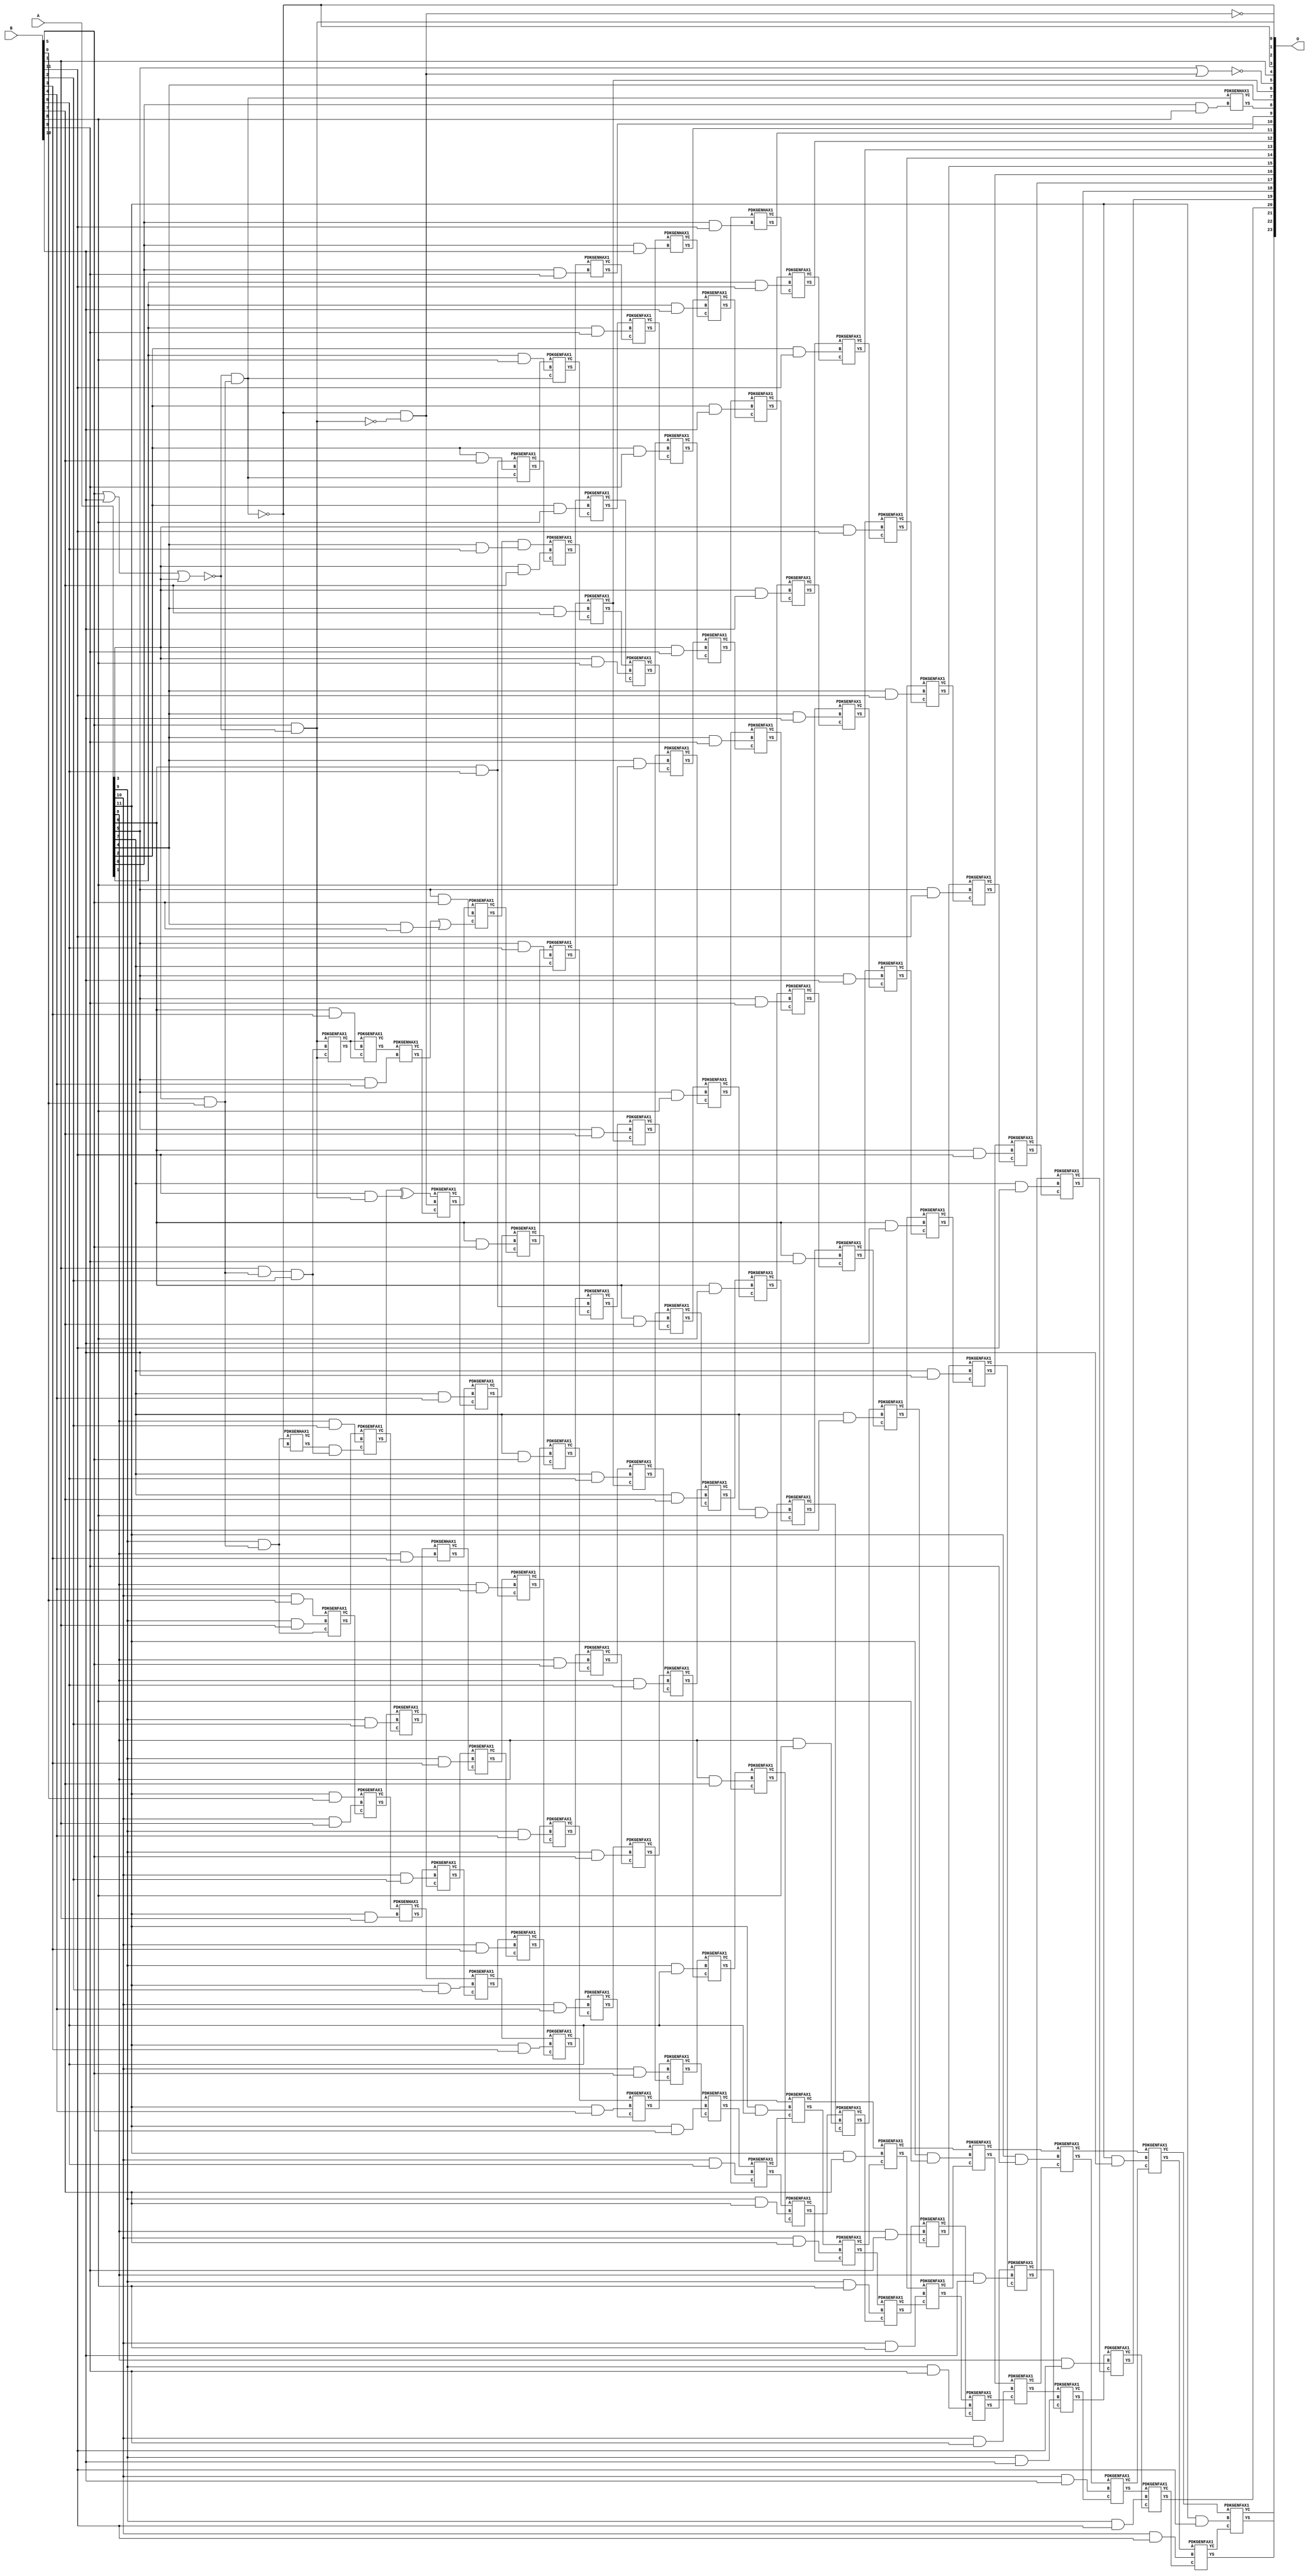
/***
* This code is a part of EvoApproxLib library (ehw.fit.vutbr.cz/approxlib) distributed under The MIT License.
* When used, please cite the following article(s): V. Mrazek, Z. Vasicek and R. Hrbacek, "Role of circuit representation in evolutionary design of energy-efficient approximate circuits" in IET Computers & Digital Techniques, vol. 12, no. 4, pp. 139-149, 7 2018. doi: 10.1049/iet-cdt.2017.0188 
* This file contains a circuit from a sub-set of pareto optimal circuits with respect to the pwr and mae parameters
***/
// MAE% = 0.0058 %
// MAE = 971 
// WCE% = 0.025 %
// WCE = 4176 
// WCRE% = 3601.79 %
// EP% = 99.99 %
// MRE% = 0.30 %
// MSE = 14611.25e2 
// PDK45_PWR = 0.817 mW
// PDK45_AREA = 1131.5 um2
// PDK45_DELAY = 2.88 ns

module mul12u_0UD(A, B, O);
  input [11:0] A, B;
  output [23:0] O;
  wire n_1192, n_1750, n_1206, n_1613, n_1612, n_1200, n_1817, n_1816, n_1684, n_1685;
  wire n_894, n_1295, n_1294, n_154, n_155, n_1866, n_1867, n_728, n_720, n_1758;
  wire n_2032, n_2033, n_1323, n_554, n_126, n_120, n_1032, n_1402, n_1969, n_1968;
  wire n_18, n_19, n_16, n_17, n_14, n_15, n_12, n_13, n_10, n_11;
  wire n_880, n_888, n_1532, n_1714, n_1084, n_902, n_1337, n_1497, n_1496, n_1491;
  wire n_1322, n_85, n_84, n_1916, n_1910, n_1149, n_1148, n_1662, n_1663, n_1143;
  wire n_1142, n_1394, n_1983, n_1982, n_1822, n_1823, n_569, n_568, n_562, n_953;
  wire n_169, n_168, n_286, n_287, n_301, n_300, n_642, n_794, n_604, n_605;
  wire n_795, n_947, n_946, n_1366, n_1946, n_45, n_44, n_47, n_46, n_41;
  wire n_40, n_43, n_42, n_1040, n_866, n_49, n_48, n_1894, n_996, n_460;
  wire n_461, n_997, n_1562, n_468, n_469, n_1446, n_1447, n_453, n_1568, n_1626;
  wire n_1627, n_1620, n_1621, n_1214, n_1742, n_1693, n_1692, n_1134, n_1135, n_1874;
  wire n_1511, n_635, n_634, n_2027, n_2026, n_648, n_649, n_526, n_134, n_643;
  wire n_822, n_823, n_983, n_982, n_1554, n_452, n_358, n_991, n_736, n_1526;
  wire n_1250, n_1700, n_1706, n_1258, n_1991, n_916, n_910, n_858, n_1316, n_1317;
  wire n_1902, n_1416, n_1598, n_1410, n_1794, n_1795, n_1170, n_1171, n_1772, n_1679;
  wire n_1678, n_1778, n_1670, n_1388, n_1380, n_1831, n_1830, n_1837, n_1836, n_318;
  wire n_706, n_380, n_2018, n_2019, n_388, n_2010, n_2011, n_778, n_779, n_952;
  wire n_1054, n_1358, n_1424, n_1352, n_30, n_31, n_32, n_33, n_34, n_35;
  wire n_36, n_37, n_38, n_39, n_1584, n_817, n_816, n_1048, n_1049, n_787;
  wire n_1510, n_786, n_1952, n_1453, n_1452, n_1518, n_1519, n_1635, n_1634, n_1228;
  wire n_1220, n_1736, n_1590, n_1642, n_1643, n_1127, n_1126, n_1648, n_1120, n_1844;
  wire n_1845, n_626, n_627, n_192, n_193, n_1961, n_1960, n_1649, n_105, n_104;
  wire n_366, n_446, n_1540, n_692, n_2041, n_2040, n_214, n_745, n_744, n_1301;
  wire n_1300, n_1309, n_1308, n_969, n_968, n_1068, n_961, n_960, n_1062, n_1938;
  wire n_1932, n_62, n_61, n_60, n_1460, n_1461, n_990, n_1671, n_1468, n_1469;
  wire n_1787, n_1786, n_1163, n_1162, n_8, n_9, n_4, n_5, n_6, n_7;
  wire n_0, n_1, n_2, n_3, n_1764, n_1604, n_1800, n_1801, n_1808, n_1809;
  wire n_1242, n_548, n_540, n_1990, n_1112, n_1286, n_1287, n_143, n_142, n_714;
  wire n_620, n_394, n_395, n_2005, n_2004, n_1439, n_1438, n_1345, n_1432, n_23;
  wire n_22, n_21, n_20, n_27, n_26, n_25, n_24, n_1974, n_1975, n_29;
  wire n_28, n_1505, n_1504, n_1490, n_482, n_1236, n_1728, n_1482, n_1483, n_1336;
  wire n_1720, n_1330, n_1331, n_1657, n_1656, n_1156, n_1157, n_1996, n_1997, n_1859;
  wire n_1858, n_1853, n_1852, n_613, n_612, n_1344, n_112, n_113, n_295, n_294;
  wire n_808, n_809, n_273, n_272, n_374, n_279, n_278, n_1576, n_800, n_1548;
  wire n_801, n_200, n_206, n_1279, n_1278, n_1374, n_1273, n_1272, n_447, n_1924;
  wire n_1888, n_874, n_1076, n_1880, n_974, n_975, n_52, n_53, n_475, n_474;
  wire n_1475, n_1474;
  assign n_0 = A[0];
  assign n_1 = A[0];
  assign n_2 = A[1];
  assign n_3 = A[1];
  assign n_4 = A[2];
  assign n_5 = A[2];
  assign n_6 = A[3];
  assign n_7 = A[3];
  assign n_8 = A[4];
  assign n_9 = A[4];
  assign n_10 = A[5];
  assign n_11 = A[5];
  assign n_12 = A[6];
  assign n_13 = A[6];
  assign n_14 = A[7];
  assign n_15 = A[7];
  assign n_16 = A[8];
  assign n_17 = A[8];
  assign n_18 = A[9];
  assign n_19 = A[9];
  assign n_20 = A[10];
  assign n_21 = A[10];
  assign n_22 = A[11];
  assign n_23 = A[11];
  assign n_24 = B[0];
  assign n_25 = B[0];
  assign n_26 = B[1];
  assign n_27 = B[1];
  assign n_28 = B[2];
  assign n_29 = B[2];
  assign n_30 = B[3];
  assign n_31 = B[3];
  assign n_32 = B[4];
  assign n_33 = B[4];
  assign n_34 = B[5];
  assign n_35 = B[5];
  assign n_36 = B[6];
  assign n_37 = B[6];
  assign n_38 = B[7];
  assign n_39 = B[7];
  assign n_40 = B[8];
  assign n_41 = B[8];
  assign n_42 = B[9];
  assign n_43 = B[9];
  assign n_44 = B[10];
  assign n_45 = B[10];
  assign n_46 = B[11];
  assign n_47 = B[11];
  assign n_48 = ~(n_34 | n_44 | n_6);
  assign n_49 = n_48;
  assign n_52 = ~(n_34 & n_49);
  assign n_53 = n_52;
  assign n_60 = ~n_53;
  assign n_61 = n_60;
  assign n_62 = n_6 & n_24;
  assign n_84 = n_26 & n_62;
  assign n_85 = n_84;
  assign n_104 = n_49 & n_62;
  assign n_105 = n_104;
  assign n_112 = n_18 & n_62;
  assign n_113 = n_112;
  assign n_120 = n_20 & n_24;
  assign n_126 = n_22 & n_24;
  assign n_134 = n_46 & n_60;
  assign n_142 = ~n_61;
  assign n_143 = n_142;
  assign n_154 = ~n_53;
  assign n_155 = n_154;
  assign n_168 = n_105;
  assign n_169 = n_168;
  assign n_192 = ~n_169;
  assign n_193 = n_192;
  assign n_200 = n_18 & n_26;
  assign n_206 = n_20 & n_26;
  assign n_214 = n_22 & n_26;
  assign n_272 = n_193 & n_143;
  assign n_273 = n_272;
  PDKGENHAX1 tmp88(.YS(n_278), .YC(n_279), .A(n_112), .B(n_192));
  PDKGENFAX1 tmp89(.YS(n_286), .YC(n_287), .A(n_120), .B(n_200), .C(n_113));
  PDKGENFAX1 tmp90(.YS(n_294), .YC(n_295), .A(n_126), .B(n_206), .C(n_287));
  PDKGENHAX1 tmp91(.YS(n_300), .YC(n_301), .A(n_295), .B(n_214));
  assign n_318 = n_61;
  assign n_358 = n_85 & n_28;
  assign n_366 = n_16 & n_28;
  assign n_374 = n_18 & n_28;
  assign n_380 = n_20 & n_28;
  assign n_388 = n_22 & n_28;
  assign n_394 = ~n_273;
  assign n_395 = n_394;
  assign n_446 = n_278 & n_358;
  assign n_447 = n_446;
  PDKGENFAX1 tmp102(.YS(n_452), .YC(n_453), .A(n_286), .B(n_366), .C(n_447));
  PDKGENFAX1 tmp103(.YS(n_460), .YC(n_461), .A(n_294), .B(n_374), .C(n_453));
  PDKGENFAX1 tmp104(.YS(n_468), .YC(n_469), .A(n_300), .B(n_380), .C(n_461));
  PDKGENFAX1 tmp105(.YS(n_474), .YC(n_475), .A(n_301), .B(n_388), .C(n_469));
  assign n_482 = ~n_395;
  assign n_526 = n_12 & n_30;
  assign n_540 = n_16 & n_30;
  assign n_548 = n_18 & n_30;
  assign n_554 = n_20 & n_30;
  assign n_562 = n_22 & n_30;
  assign n_568 = n_193;
  assign n_569 = n_568;
  PDKGENFAX1 tmp114(.YS(n_604), .YC(n_605), .A(n_61), .B(n_358), .C(n_155));
  PDKGENFAX1 tmp115(.YS(n_612), .YC(n_613), .A(n_605), .B(n_526), .C(n_605));
  assign n_620 = n_452 ^ n_134;
  PDKGENHAX1 tmp117(.YS(n_626), .YC(n_627), .A(n_460), .B(n_540));
  PDKGENFAX1 tmp118(.YS(n_634), .YC(n_635), .A(n_468), .B(n_548), .C(n_627));
  PDKGENFAX1 tmp119(.YS(n_642), .YC(n_643), .A(n_474), .B(n_554), .C(n_635));
  PDKGENFAX1 tmp120(.YS(n_648), .YC(n_649), .A(n_475), .B(n_562), .C(n_643));
  assign n_692 = n_10 & n_32;
  assign n_706 = n_14 & n_32;
  assign n_714 = n_16 & n_32;
  assign n_720 = n_18 & n_32;
  assign n_728 = n_20 & n_32;
  assign n_736 = n_22 & n_32;
  assign n_744 = n_169;
  assign n_745 = n_744;
  PDKGENHAX1 tmp129(.YS(n_778), .YC(n_779), .A(n_612), .B(n_692));
  PDKGENFAX1 tmp130(.YS(n_786), .YC(n_787), .A(n_620), .B(n_272), .C(n_779));
  PDKGENFAX1 tmp131(.YS(n_794), .YC(n_795), .A(n_626), .B(n_706), .C(n_787));
  PDKGENFAX1 tmp132(.YS(n_800), .YC(n_801), .A(n_634), .B(n_714), .C(n_795));
  PDKGENFAX1 tmp133(.YS(n_808), .YC(n_809), .A(n_642), .B(n_720), .C(n_801));
  PDKGENFAX1 tmp134(.YS(n_816), .YC(n_817), .A(n_648), .B(n_728), .C(n_809));
  PDKGENFAX1 tmp135(.YS(n_822), .YC(n_823), .A(n_649), .B(n_736), .C(n_817));
  assign n_858 = n_8 & n_34;
  assign n_866 = n_10 & n_34;
  assign n_874 = n_12 & n_34;
  assign n_880 = n_14 & n_34;
  assign n_888 = n_16 & n_34;
  assign n_894 = n_18 & n_34;
  assign n_902 = n_20 & n_34;
  assign n_910 = n_22 & n_34;
  assign n_916 = ~(n_10 | n_482);
  assign n_946 = n_778 | n_858;
  assign n_947 = n_946;
  PDKGENFAX1 tmp147(.YS(n_952), .YC(n_953), .A(n_786), .B(n_866), .C(n_947));
  PDKGENFAX1 tmp148(.YS(n_960), .YC(n_961), .A(n_794), .B(n_874), .C(n_953));
  PDKGENFAX1 tmp149(.YS(n_968), .YC(n_969), .A(n_800), .B(n_880), .C(n_961));
  PDKGENFAX1 tmp150(.YS(n_974), .YC(n_975), .A(n_808), .B(n_888), .C(n_969));
  PDKGENFAX1 tmp151(.YS(n_982), .YC(n_983), .A(n_816), .B(n_894), .C(n_975));
  PDKGENFAX1 tmp152(.YS(n_990), .YC(n_991), .A(n_822), .B(n_902), .C(n_983));
  PDKGENFAX1 tmp153(.YS(n_996), .YC(n_997), .A(n_823), .B(n_910), .C(n_991));
  assign n_1032 = n_8 & n_36;
  assign n_1040 = n_10 & n_36;
  assign n_1048 = n_12 & n_36;
  assign n_1049 = n_1048;
  assign n_1054 = n_14 & n_36;
  assign n_1062 = n_16 & n_36;
  assign n_1068 = n_18 & n_36;
  assign n_1076 = n_20 & n_36;
  assign n_1084 = n_22 & n_36;
  assign n_1112 = n_1049;
  assign n_1120 = n_952 & n_1032;
  PDKGENFAX1 tmp165(.YS(n_1126), .YC(n_1127), .A(n_960), .B(n_1040), .C(n_14));
  PDKGENFAX1 tmp166(.YS(n_1134), .YC(n_1135), .A(n_968), .B(n_1048), .C(n_1127));
  PDKGENFAX1 tmp167(.YS(n_1142), .YC(n_1143), .A(n_974), .B(n_1054), .C(n_1135));
  PDKGENFAX1 tmp168(.YS(n_1148), .YC(n_1149), .A(n_982), .B(n_1062), .C(n_1143));
  PDKGENFAX1 tmp169(.YS(n_1156), .YC(n_1157), .A(n_990), .B(n_1068), .C(n_1149));
  PDKGENFAX1 tmp170(.YS(n_1162), .YC(n_1163), .A(n_996), .B(n_1076), .C(n_1157));
  PDKGENFAX1 tmp171(.YS(n_1170), .YC(n_1171), .A(n_997), .B(n_1084), .C(n_1163));
  assign n_1192 = n_4 & n_38;
  assign n_1200 = n_6 & n_38;
  assign n_1206 = n_8 & n_38;
  assign n_1214 = n_10 & n_38;
  assign n_1220 = n_12 & n_38;
  assign n_1228 = n_14 & n_38;
  assign n_1236 = n_16 & n_38;
  assign n_1242 = n_18 & n_38;
  assign n_1250 = n_20 & n_38;
  assign n_1258 = n_22 & n_38;
  assign n_1272 = n_745;
  assign n_1273 = n_1272;
  PDKGENFAX1 tmp184(.YS(n_1278), .YC(n_1279), .A(n_1112), .B(n_1192), .C(n_1273));
  PDKGENFAX1 tmp185(.YS(n_1286), .YC(n_1287), .A(n_1120), .B(n_1200), .C(n_1279));
  PDKGENFAX1 tmp186(.YS(n_1294), .YC(n_1295), .A(n_1126), .B(n_1206), .C(n_1287));
  PDKGENFAX1 tmp187(.YS(n_1300), .YC(n_1301), .A(n_1134), .B(n_1214), .C(n_1295));
  PDKGENFAX1 tmp188(.YS(n_1308), .YC(n_1309), .A(n_1142), .B(n_1220), .C(n_1301));
  PDKGENFAX1 tmp189(.YS(n_1316), .YC(n_1317), .A(n_1148), .B(n_1228), .C(n_1309));
  PDKGENFAX1 tmp190(.YS(n_1322), .YC(n_1323), .A(n_1156), .B(n_1236), .C(n_1317));
  PDKGENFAX1 tmp191(.YS(n_1330), .YC(n_1331), .A(n_1162), .B(n_1242), .C(n_1323));
  PDKGENFAX1 tmp192(.YS(n_1336), .YC(n_1337), .A(n_1170), .B(n_1250), .C(n_1331));
  PDKGENFAX1 tmp193(.YS(n_1344), .YC(n_1345), .A(n_1171), .B(n_1258), .C(n_1337));
  assign n_1352 = n_0 & n_40;
  assign n_1358 = n_2 & n_40;
  assign n_1366 = n_4 & n_40;
  assign n_1374 = n_6 & n_40;
  assign n_1380 = n_8 & n_40;
  assign n_1388 = n_10 & n_40;
  assign n_1394 = n_12 & n_40;
  assign n_1402 = n_14 & n_40;
  assign n_1410 = n_16 & n_40;
  assign n_1416 = n_18 & n_40;
  assign n_1424 = n_20 & n_40;
  assign n_1432 = n_22 & n_40;
  PDKGENHAX1 tmp206(.YS(n_1438), .YC(n_1439), .A(n_1272), .B(n_1352));
  PDKGENFAX1 tmp207(.YS(n_1446), .YC(n_1447), .A(n_1278), .B(n_1358), .C(n_169));
  PDKGENFAX1 tmp208(.YS(n_1452), .YC(n_1453), .A(n_1286), .B(n_1366), .C(n_1447));
  PDKGENFAX1 tmp209(.YS(n_1460), .YC(n_1461), .A(n_1294), .B(n_1374), .C(n_1453));
  PDKGENFAX1 tmp210(.YS(n_1468), .YC(n_1469), .A(n_1300), .B(n_1380), .C(n_1461));
  PDKGENFAX1 tmp211(.YS(n_1474), .YC(n_1475), .A(n_1308), .B(n_1388), .C(n_1469));
  PDKGENFAX1 tmp212(.YS(n_1482), .YC(n_1483), .A(n_1316), .B(n_1394), .C(n_1475));
  PDKGENFAX1 tmp213(.YS(n_1490), .YC(n_1491), .A(n_1322), .B(n_1402), .C(n_1483));
  PDKGENFAX1 tmp214(.YS(n_1496), .YC(n_1497), .A(n_1330), .B(n_1410), .C(n_1491));
  PDKGENFAX1 tmp215(.YS(n_1504), .YC(n_1505), .A(n_1336), .B(n_1416), .C(n_1497));
  PDKGENFAX1 tmp216(.YS(n_1510), .YC(n_1511), .A(n_1344), .B(n_1424), .C(n_1505));
  PDKGENFAX1 tmp217(.YS(n_1518), .YC(n_1519), .A(n_1345), .B(n_1432), .C(n_1511));
  assign n_1526 = n_0 & n_42;
  assign n_1532 = n_2 & n_42;
  assign n_1540 = n_4 & n_42;
  assign n_1548 = n_6 & n_42;
  assign n_1554 = n_8 & n_42;
  assign n_1562 = n_10 & n_42;
  assign n_1568 = n_12 & n_42;
  assign n_1576 = n_14 & n_42;
  assign n_1584 = n_16 & n_42;
  assign n_1590 = n_18 & n_42;
  assign n_1598 = n_20 & n_42;
  assign n_1604 = n_22 & n_42;
  PDKGENHAX1 tmp230(.YS(n_1612), .YC(n_1613), .A(n_1446), .B(n_1526));
  PDKGENFAX1 tmp231(.YS(n_1620), .YC(n_1621), .A(n_1452), .B(n_1532), .C(n_1613));
  PDKGENFAX1 tmp232(.YS(n_1626), .YC(n_1627), .A(n_1460), .B(n_1540), .C(n_1621));
  PDKGENFAX1 tmp233(.YS(n_1634), .YC(n_1635), .A(n_1468), .B(n_1548), .C(n_1627));
  PDKGENFAX1 tmp234(.YS(n_1642), .YC(n_1643), .A(n_1474), .B(n_1554), .C(n_1635));
  PDKGENFAX1 tmp235(.YS(n_1648), .YC(n_1649), .A(n_1482), .B(n_1562), .C(n_1643));
  PDKGENFAX1 tmp236(.YS(n_1656), .YC(n_1657), .A(n_1490), .B(n_1568), .C(n_1649));
  PDKGENFAX1 tmp237(.YS(n_1662), .YC(n_1663), .A(n_1496), .B(n_1576), .C(n_1657));
  PDKGENFAX1 tmp238(.YS(n_1670), .YC(n_1671), .A(n_1504), .B(n_1584), .C(n_1663));
  PDKGENFAX1 tmp239(.YS(n_1678), .YC(n_1679), .A(n_1510), .B(n_1590), .C(n_1671));
  PDKGENFAX1 tmp240(.YS(n_1684), .YC(n_1685), .A(n_1518), .B(n_1598), .C(n_1679));
  PDKGENFAX1 tmp241(.YS(n_1692), .YC(n_1693), .A(n_1519), .B(n_1604), .C(n_1685));
  assign n_1700 = n_0 & n_44;
  assign n_1706 = n_2 & n_44;
  assign n_1714 = n_4 & n_44;
  assign n_1720 = n_6 & n_44;
  assign n_1728 = n_8 & n_44;
  assign n_1736 = n_10 & n_44;
  assign n_1742 = n_12 & n_44;
  assign n_1750 = n_14 & n_44;
  assign n_1758 = n_16 & n_44;
  assign n_1764 = n_18 & n_44;
  assign n_1772 = n_20 & n_44;
  assign n_1778 = n_22 & n_44;
  PDKGENHAX1 tmp254(.YS(n_1786), .YC(n_1787), .A(n_1620), .B(n_1700));
  PDKGENFAX1 tmp255(.YS(n_1794), .YC(n_1795), .A(n_1626), .B(n_1706), .C(n_1787));
  PDKGENFAX1 tmp256(.YS(n_1800), .YC(n_1801), .A(n_1634), .B(n_1714), .C(n_1795));
  PDKGENFAX1 tmp257(.YS(n_1808), .YC(n_1809), .A(n_1642), .B(n_1720), .C(n_1801));
  PDKGENFAX1 tmp258(.YS(n_1816), .YC(n_1817), .A(n_1648), .B(n_1728), .C(n_1809));
  PDKGENFAX1 tmp259(.YS(n_1822), .YC(n_1823), .A(n_1656), .B(n_1736), .C(n_1817));
  PDKGENFAX1 tmp260(.YS(n_1830), .YC(n_1831), .A(n_1662), .B(n_1742), .C(n_1823));
  PDKGENFAX1 tmp261(.YS(n_1836), .YC(n_1837), .A(n_1670), .B(n_1750), .C(n_1831));
  PDKGENFAX1 tmp262(.YS(n_1844), .YC(n_1845), .A(n_1678), .B(n_1758), .C(n_1837));
  PDKGENFAX1 tmp263(.YS(n_1852), .YC(n_1853), .A(n_1684), .B(n_1764), .C(n_1845));
  PDKGENFAX1 tmp264(.YS(n_1858), .YC(n_1859), .A(n_1692), .B(n_1772), .C(n_1853));
  PDKGENFAX1 tmp265(.YS(n_1866), .YC(n_1867), .A(n_1693), .B(n_1778), .C(n_1859));
  assign n_1874 = n_0 & n_46;
  assign n_1880 = n_2 & n_46;
  assign n_1888 = n_4 & n_46;
  assign n_1894 = n_6 & n_46;
  assign n_1902 = n_8 & n_46;
  assign n_1910 = n_10 & n_46;
  assign n_1916 = n_12 & n_46;
  assign n_1924 = n_14 & n_46;
  assign n_1932 = n_16 & n_46;
  assign n_1938 = n_18 & n_46;
  assign n_1946 = n_20 & n_46;
  assign n_1952 = n_22 & n_46;
  PDKGENHAX1 tmp278(.YS(n_1960), .YC(n_1961), .A(n_1794), .B(n_1874));
  PDKGENFAX1 tmp279(.YS(n_1968), .YC(n_1969), .A(n_1800), .B(n_1880), .C(n_1961));
  PDKGENFAX1 tmp280(.YS(n_1974), .YC(n_1975), .A(n_1808), .B(n_1888), .C(n_1969));
  PDKGENFAX1 tmp281(.YS(n_1982), .YC(n_1983), .A(n_1816), .B(n_1894), .C(n_1975));
  PDKGENFAX1 tmp282(.YS(n_1990), .YC(n_1991), .A(n_1822), .B(n_1902), .C(n_1983));
  PDKGENFAX1 tmp283(.YS(n_1996), .YC(n_1997), .A(n_1830), .B(n_1910), .C(n_1991));
  PDKGENFAX1 tmp284(.YS(n_2004), .YC(n_2005), .A(n_1836), .B(n_1916), .C(n_1997));
  PDKGENFAX1 tmp285(.YS(n_2010), .YC(n_2011), .A(n_1844), .B(n_1924), .C(n_2005));
  PDKGENFAX1 tmp286(.YS(n_2018), .YC(n_2019), .A(n_1852), .B(n_1932), .C(n_2011));
  PDKGENFAX1 tmp287(.YS(n_2026), .YC(n_2027), .A(n_1858), .B(n_1938), .C(n_2019));
  PDKGENFAX1 tmp288(.YS(n_2032), .YC(n_2033), .A(n_1866), .B(n_1946), .C(n_2027));
  PDKGENFAX1 tmp289(.YS(n_2040), .YC(n_2041), .A(n_1867), .B(n_1952), .C(n_2033));
  assign O[0] = n_569;
  assign O[1] = n_318;
  assign O[2] = n_394;
  assign O[3] = n_568;
  assign O[4] = n_26;
  assign O[5] = n_916;
  assign O[6] = n_1295;
  assign O[7] = n_8;
  assign O[8] = n_1438;
  assign O[9] = n_1612;
  assign O[10] = n_1786;
  assign O[11] = n_1960;
  assign O[12] = n_1968;
  assign O[13] = n_1974;
  assign O[14] = n_1982;
  assign O[15] = n_1990;
  assign O[16] = n_1996;
  assign O[17] = n_2004;
  assign O[18] = n_2010;
  assign O[19] = n_2018;
  assign O[20] = n_2026;
  assign O[21] = n_2032;
  assign O[22] = n_2040;
  assign O[23] = n_2041;
endmodule

/* mod */
module PDKGENHAX1( input A, input B, output YS, output YC );
    assign YS = A ^ B;
    assign YC = A & B;
endmodule
/* mod */
module PDKGENFAX1( input A, input B, input C, output YS, output YC );
    assign YS = (A ^ B) ^ C;
    assign YC = (A & B) | (B & C) | (A & C);
endmodule